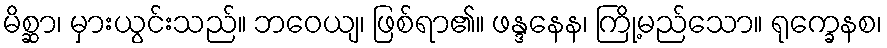
မိစ္ဆာ၊ မှားယွင်းသည်။ ဘဝေယျ၊ ဖြစ်ရာ၏။ ဖန္ဒနေန၊ ကြို့မည်သော။ ရုက္ခေနစ၊